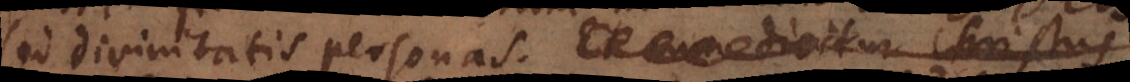
sed divinitatis personas. Et cum